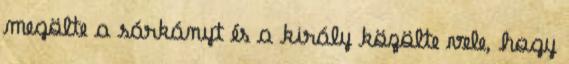
megölte a sárkányt és a király közölte vele, hogy